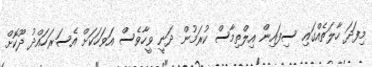
މިފަދަ ހާލަތެއްގައި ސިފައިން އިލްތިމާސް ކުރަމުން ދަނީ ވީހާވެސް އަވަހަކަށް އެސަރަހައްދު ދޫކޮށް